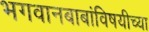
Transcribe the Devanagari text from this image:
भगवानबाबांविषयीच्या